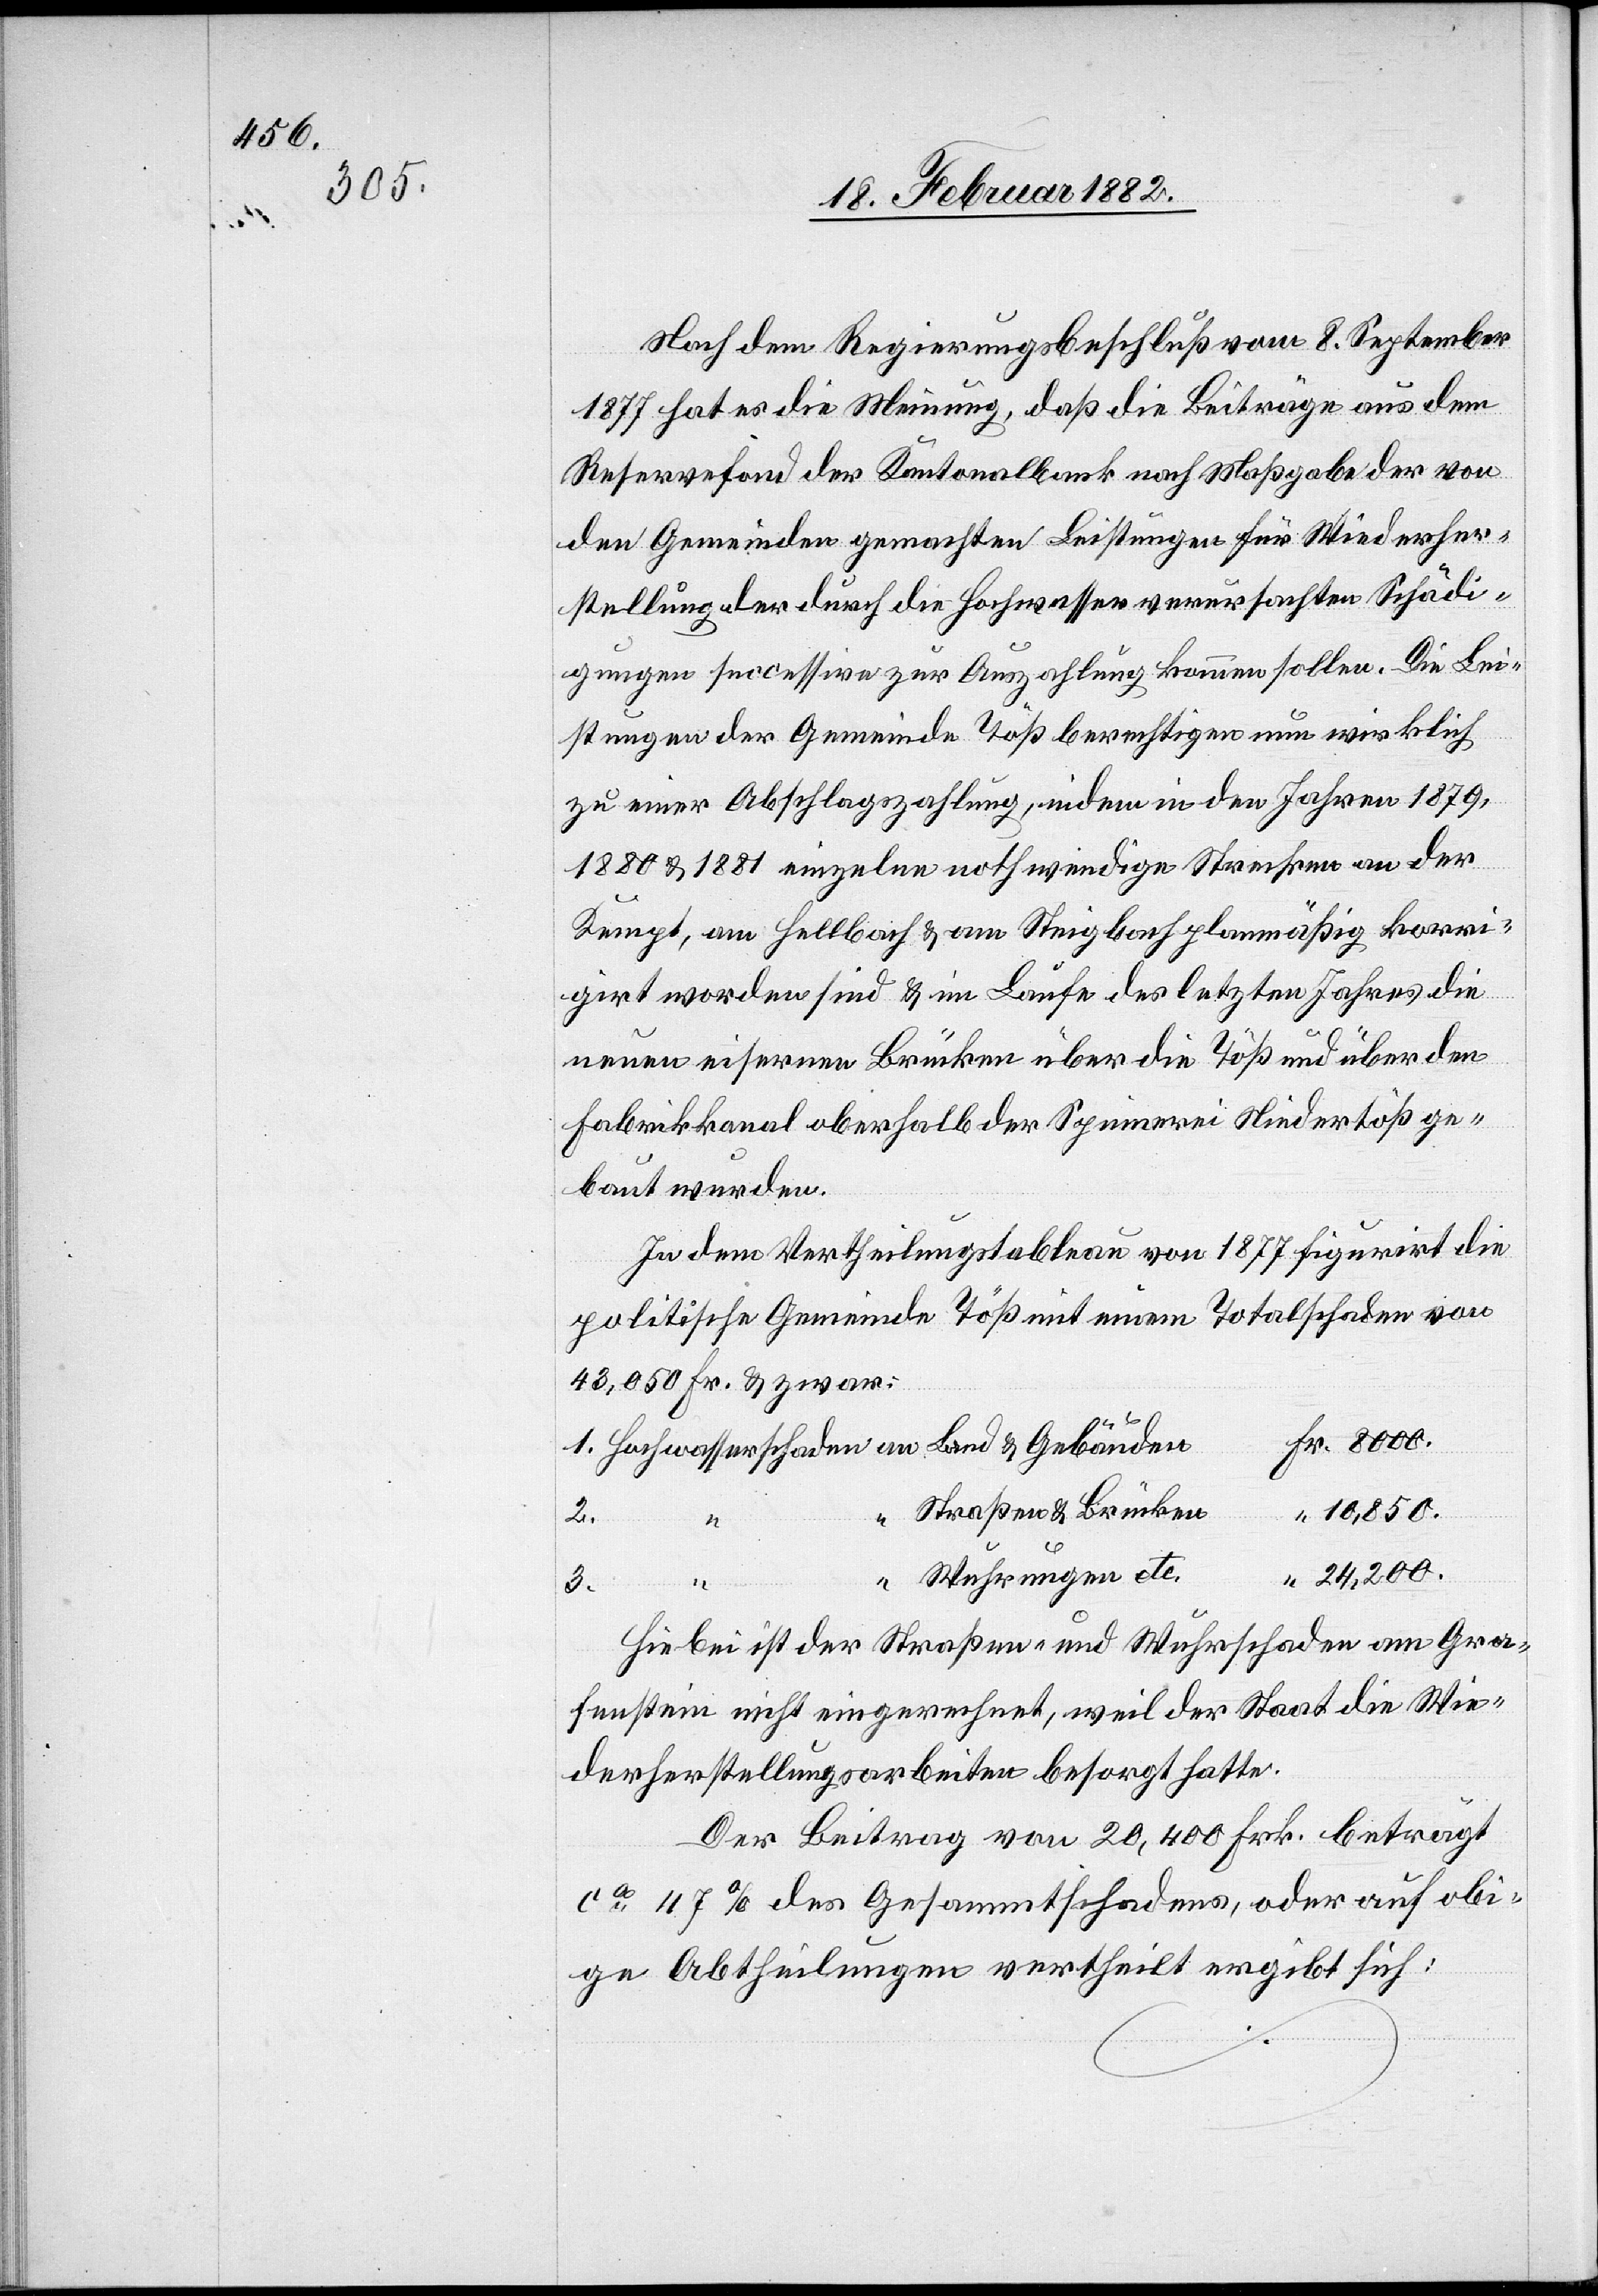
8000.
2.

Nach dem Regierungsbeschluß vom 8. September
1877 hat es die Meinung, daß die Beiträge aus dem
Reservefond der Kantonalbank nach Maßgabe der von
den Gemeinden gemachten Leistungen für Wiederher¬
stellung der durch die Hochwasser verursachten Schädi¬
gungen seccessive zur Auszahlung können sollen. Die Lei¬
stungen der Gemeinde Töß berechtigen nun wirklich
zu einer Abschlagzahlung, indem in den Jahren 1879,
1880 & 1881 einzelne nothwendigen Strecken an der
Kempt, am Hellbach & am Steigbach planmäßig korri¬
girt worden sind & im Laufe des letzten Jahres die
neuen eisernen Brücken über die Töß und über den
Fabrikkanal oberhalb der Spinnerin Niedertöß ge¬
baut wurden.
In dem Vertheilungstableau von 1877 figurirt die
politische Gemeinde Töß mit einem Totalschaden von
43,050 Fr. & zwar:
Straßen & Brücken
10,850.
Fr.
24,200.
Wuhrungen etc.
1.
3.
Hiebei ist der Straßen- und Wuhrschaden am Gra¬
fenstein nicht eingerechnet, weil der Staat die Wie¬
derherstellungsarbeiten besorgt hatte.
Der Beitrag von 20,400 Frk. beträgt
ca 117% des Gesammtschadens, oder auf obi¬
ge Abtheilungen vertheilt ergibt sich: